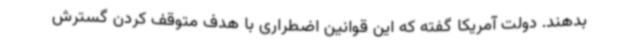
بدهند. دولت آمریکا گفته که این قوانین اضطراری با هدف متوقف کردن گسترش